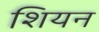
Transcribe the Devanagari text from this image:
शियन